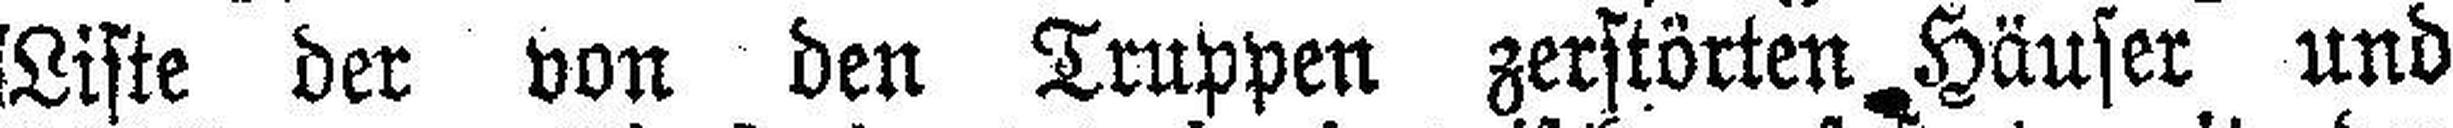
Liste der von den Truppen zerstörten Häuser und